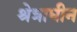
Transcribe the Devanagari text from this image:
श्रेत्राधीन